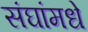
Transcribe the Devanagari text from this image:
संघांमधे